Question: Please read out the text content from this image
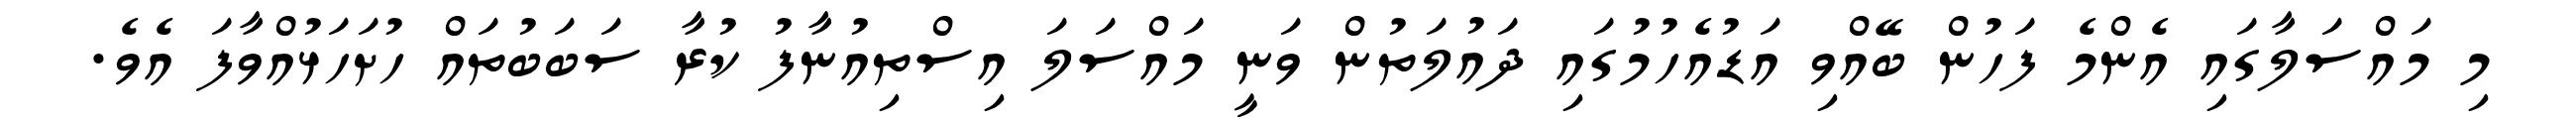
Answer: މި މައްސަލާގައި އެންމެ ފަހުން ބޭއްވި އަޑުއެހުމުގައި ދައުލަތުން ވަނީ މައްސަލަ އިސްތިއުނާފު ކުރާ ސަބަބުތައް ހުށަހަޅުއްވާފަ އެވެ.